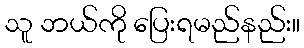
သူ ဘယ်ကို ပြေးရမည်နည်း။